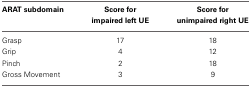
| ARAT subdomain | Score for impaired left UE | Score for unimpaired right UE |
 | --- | --- | --- |
 | Grasp | 17 | 18 |
 | Grip | 4 | 12 |
 | Pinch | 2 | 18 |
 | Gross Movement | 3 | 9 |